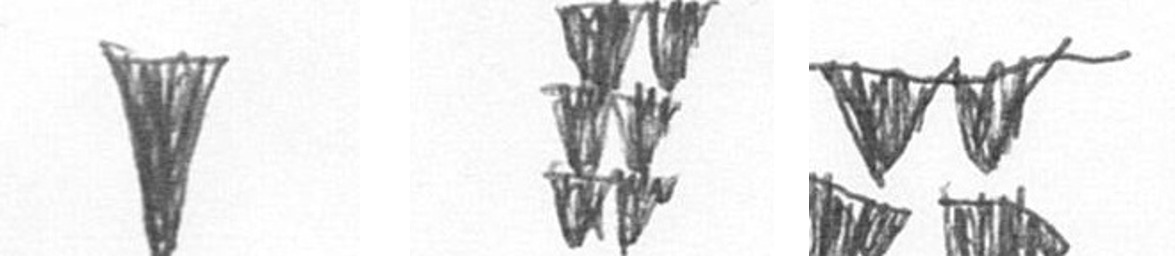
J Y B